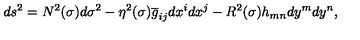
d s ^ { 2 } = N ^ { 2 } ( \sigma ) d \sigma ^ { 2 } - \eta ^ { 2 } ( \sigma ) \overline { { g } } _ { i j } d x ^ { i } d x ^ { j } - R ^ { 2 } ( \sigma ) h _ { m n } d y ^ { m } d y ^ { n } ,